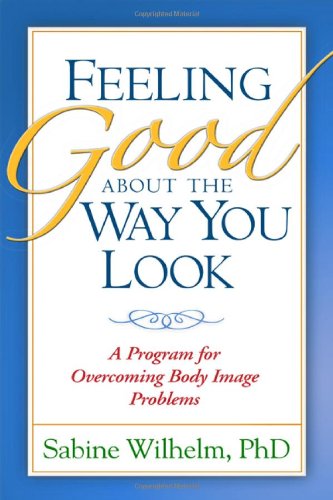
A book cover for Feeling Good about the Way You Look: A Program for Overcoming Body Image Problems; Sabine Wilhelm PhD; Self-Help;